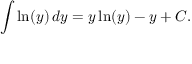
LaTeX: \quad \int \ln ( y ) \, d y = y \ln ( y ) - y + C .